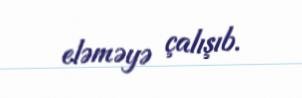
eləməyə çalışıb.